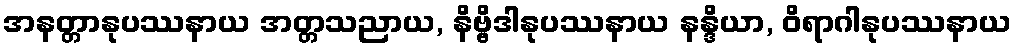
အနတ္တာနုပဿနာယ အတ္တသညာယ, နိဗ္ဗိဒါနုပဿနာယ နန္ဒိယာ, ဝိရာဂါနုပဿနာယ